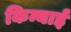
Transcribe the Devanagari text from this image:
किन्याई